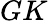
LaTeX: GK